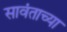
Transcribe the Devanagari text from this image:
सावंताच्या